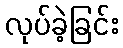
လုပ်ခဲ့ခြင်း